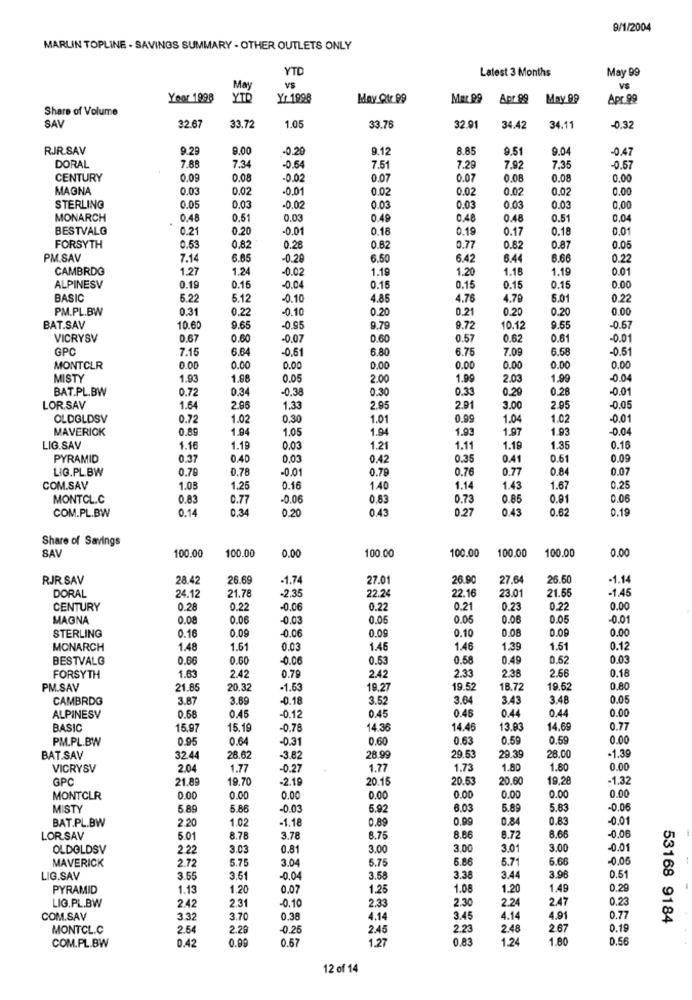
9/1/2004
MARLIN TOPLINE . SAVINGS SUMMARY - OTHER OUTLETS ONLY
YTD
Latest 3 Months
May 99
May
VS
VS
Yoor 1998
YTD
Yr 1998
May Qtr 99
Mar 99
Apr.99
May 99
Apr.99
Share of Volume
SAV
32.67
33.72
1.05
33.76
32.91
34.42
34.11
-0.32
RJR.SAV
9.25
9.00
-0.20
9.12
8.85
9.51
9.04
-0.47
7.85
DORAL
7.34
-0.54
7.51
7.29
7.92
7.35
-0.51
CENTURY
0.09
0.08
-0.02
0.07
0.07
0.08
0.08
0.00
MAGNA
0.03
0.0.
-0.01
0.02
0.02
0.02
0.02
0.00
STERLING
0.05
0.03
-0.02
0.03
0.0
0.03
0.03
0.00
MONARCH
0.48
0.51
0.03
0.49
0.48
0.48
0.51
0.04
BESTVALG
0.21
0.20
-0.01
0.18
0.19
0.17
0.18
0.01
FORSYTH
0.53
0,8:
0.28
0.62
0.77
0.82
0.87
0.05
PM.SAV
7.14
6.65
-0.28
6.50
6.42
6.44
6.66
0.22
CAMBRDG
1.27
1.24
0.02
1.19
1.20
1.18
1.19
0.01
ALPINESV
0.19
0.16
0.15
0.15
0.15
0.15
0.00
BASIC
5.22
5.12
-0.10
4.85
4.76
4.79
5.01
0.22
PM.PL.BW
0.31
0.22
-0.10
0.20
0.2
0.20
0.20
0.00
BAT.SAV
10.60
9.65
-0.95
9.79
9.72
10.12
9.55
-0.57
VICRYSV
0.67
0.60
-0.07
0.60
0.57
0.62
0.61
-0.01
GPC
7.15
6.64
-0.61
6.80
6.7
6.58
-0.51
7.09
MONTCLR
0.00
0.00
0.00
0.00
0.00
0.00
0.00
0.00
MISTY
1.93
1.68
0.05
2.00
1.99
2.03
1.99
0.04
BAT.PL.BW
0.72
0.34
-0.38
0.30
0.33
0.29
0.28
-0.01
LOR.SAV
1.64
2.96
1.33
2.95
2.91
3.00
2.95
-0.0
OLDOLDSV
0.72
1.02
0.30
1.01
0.99
1.04
1.02
-0.01
MAVERICK
0,89
1.94
1.0
1.94
1.93
1.97
1.93
-0.04
LIG.SAV
1.16
1.19
0.03
1.21
1.11
1.19
1.35
0.16
PYRAMID
0.3
0.40
0.03
0.42
0.35
0.41
0.61
LIG.PL.BW
0.7
0.78
-0.01
0.79
0.76
0.77
0.84
0.07
COM.SAV
1.0
1.26
0.16
1.40
1.14
1.43
1.67
0.25
MONTCL.C
0.83
0.77
-0.06
0.53
0.73
0.8
0.91
0.06
COM.PL.BW
0.14
0.34
0.20
0.45
0.27
0.45
0.62
0.19
Share of Savings
SAV
100.00
100.00
0.00
100.00
0.00
100.00
100.00
100.00
RJR.SAV
28.42
26.69
-1.74
27.01
26.90
27.64
26.60
-1.14
DORAL
24.12
21.78
2.35
22.24
22.16
23.01
21.65
-1.45
CENTURY
0.28
0.22
-0.06
0.22
0.21
0.23
0.22
0.00
MAGNA
0.00
0.06
-0.03
0.06
0.06
0.06
0.05
-0.01
0.16
0.09
-0.06
0.09
0.10
0.08
0.09
0.00
STERLING
MONARCH
1.48
1.61
0.03
1.46
1.46
1.39
1.51
0.12
BESTVALG
0.6
0.60
-0.06
0.53
0.58
0.49
0.62
0.03
2.66
0.18
FORSYTH
1.63
2.42
0.79
2.42
2.33
2.38
PM.SAV
21.85
20.32
-1.53
19.27
19.52
18.72
19.62
0.80
CAMBRDG
3.87
3.69
0.18
3.5
3.64
3.43
3.48
0.05
0.45
0.46
0.44
0.44
0.00
ALPINESV
0.68
0.45
-0.12
BASIC
15,97
15.19
-0.78
14.36
14.45
13.83
14.69
0.77
PM.PL.BW
0.95
0.64
-0.31
0.60
0.63
0.5
0.59
0.00
28.00
-1.39
BAT.SAV
32.44
28.62
-3.82
28.99
29.53
29.39
VICRYSV
2.04
1.77
0.27
1.77
1.73
1.80
1.80
0.00
GPC
21.89
19.70
-2.19
20.15
20.53
20.60
19.28
-1.32
MONTCLR
0.00
0.00
0.00
0.00
0.00
0.00
0.00
0.00
MISTY
5.89
5.86
-0.0.
5.9
6.03
5.89
5.83
-0.0
BAT.PL.BW
2.20
1.02
-1.18
0.89
0.99
0.84
0.83
-0.01
-0.06
LORSAV
5.01
8.78
3.78
8.75
8.86
6.72
8.66
OLDOLDSV
2.22
3.03
0.81
3.00
3.0
3.01
3.00
-0.01
MAVERICK
2.72
5.75
3.04
5.75
6.86
5.7
6.66
-0.05
LIG.SAV
3.55
3.51
-0.04
3.58
3.38
3.44
3.96
0.51
PYRAMID
1.13
1.20
0.07
1.25
1.08
1.20
1.49
0.29
LIG.PL.BW
2.31
2.30
2.24
2.47
0,23
2.42
-0.10
2.33
COM.SAV
3.32
3.70
0.38
4.14
3.45
4.14
4.91
0.77
53168 9184
MONTCL.C
2.64
2.29
-0.26
2.45
2.23
2.48
2.67
0.19
0.42
0.9
0.57
1.27
0.83
1.24
1.80
0.56
COM.PL.BW
12 of 14